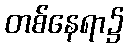
တစ်နေရာ၌